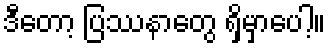
ဒီတော့ ပြဿနာတွေ ရှိမှာပေါ့။